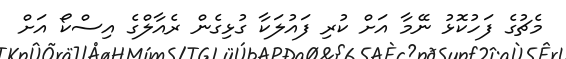
މެޗުގެ ފަހުކޮޅު ނޭމާ އަށް ކުރި ފައުލަކާ ގުޅިގެން ރެއާލްގެ އިސްކޯ އަށް